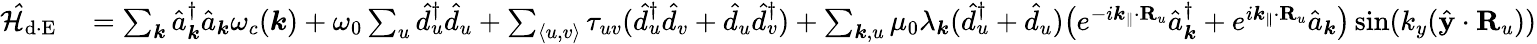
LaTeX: \begin{array}{rl}{\mathcal{\hat{H}}_{\mathrm{d\cdot E}}}&{{}=\sum_{{\boldsymbol k}}\hat{a}_{{\boldsymbol k}}^{\dagger}\hat{a}_{{\boldsymbol k}}\omega_{c}({\boldsymbol k})+\omega_{0}\sum_{u}\hat{d}_{u}^{\dagger}\hat{d}_{u}+\sum_{\langle u,v\rangle}\tau_{uv}(\hat{d}_{u}^{\dagger}\hat{d}_{v}+\hat{d}_{u}\hat{d}_{v}^{\dagger})+\sum_{{\boldsymbol k},u}\mu_{0}\lambda_{\boldsymbol k}(\hat{d}_{u}^{\dagger}+\hat{d}_{u})\big(e^{-i{\boldsymbol k_{\parallel}}\cdot{\mathbf R}_{u}}\hat{a}_{{\boldsymbol k}}^{\dagger}+e^{i{\boldsymbol k_{\parallel}}\cdot{\mathbf R}_{u}}\hat{a}_{{\boldsymbol k}}\big)\sin({k_{y}}(\hat{\mathbf y}\cdot{\mathbf R}_{u}))}\end{array}